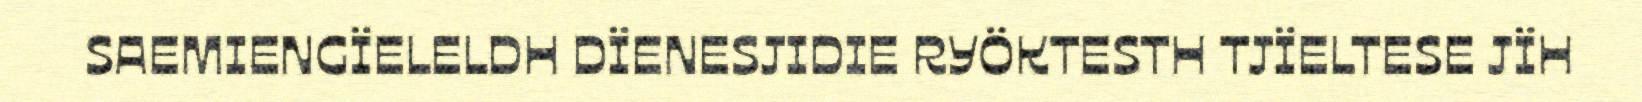
SAEMIENGÏELELDH DÏENESJIDIE RYÖKTESTH TJÏELTESE JÏH